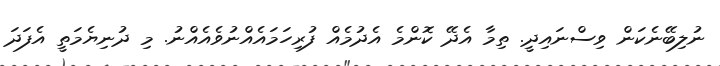
ނުލިބޭނެކަން ވިސްނައިދީ. ތިމާ އެދޭ ކޮންމެ އެދުމެއް ފުރިހަމައެއްނުވެއެއްނު. މި ދުނިޔެމަތީ އެފަދަ